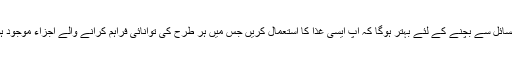
ان مسائل سے بچنے کے لئے بہتر ہوگا کہ آپ ایسی غذا کا استعمال کریں جس میں ہر طرح کی توانائی فراہم کرانے والے اجزاء موجود ہوں ۔